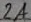
Text: 2A